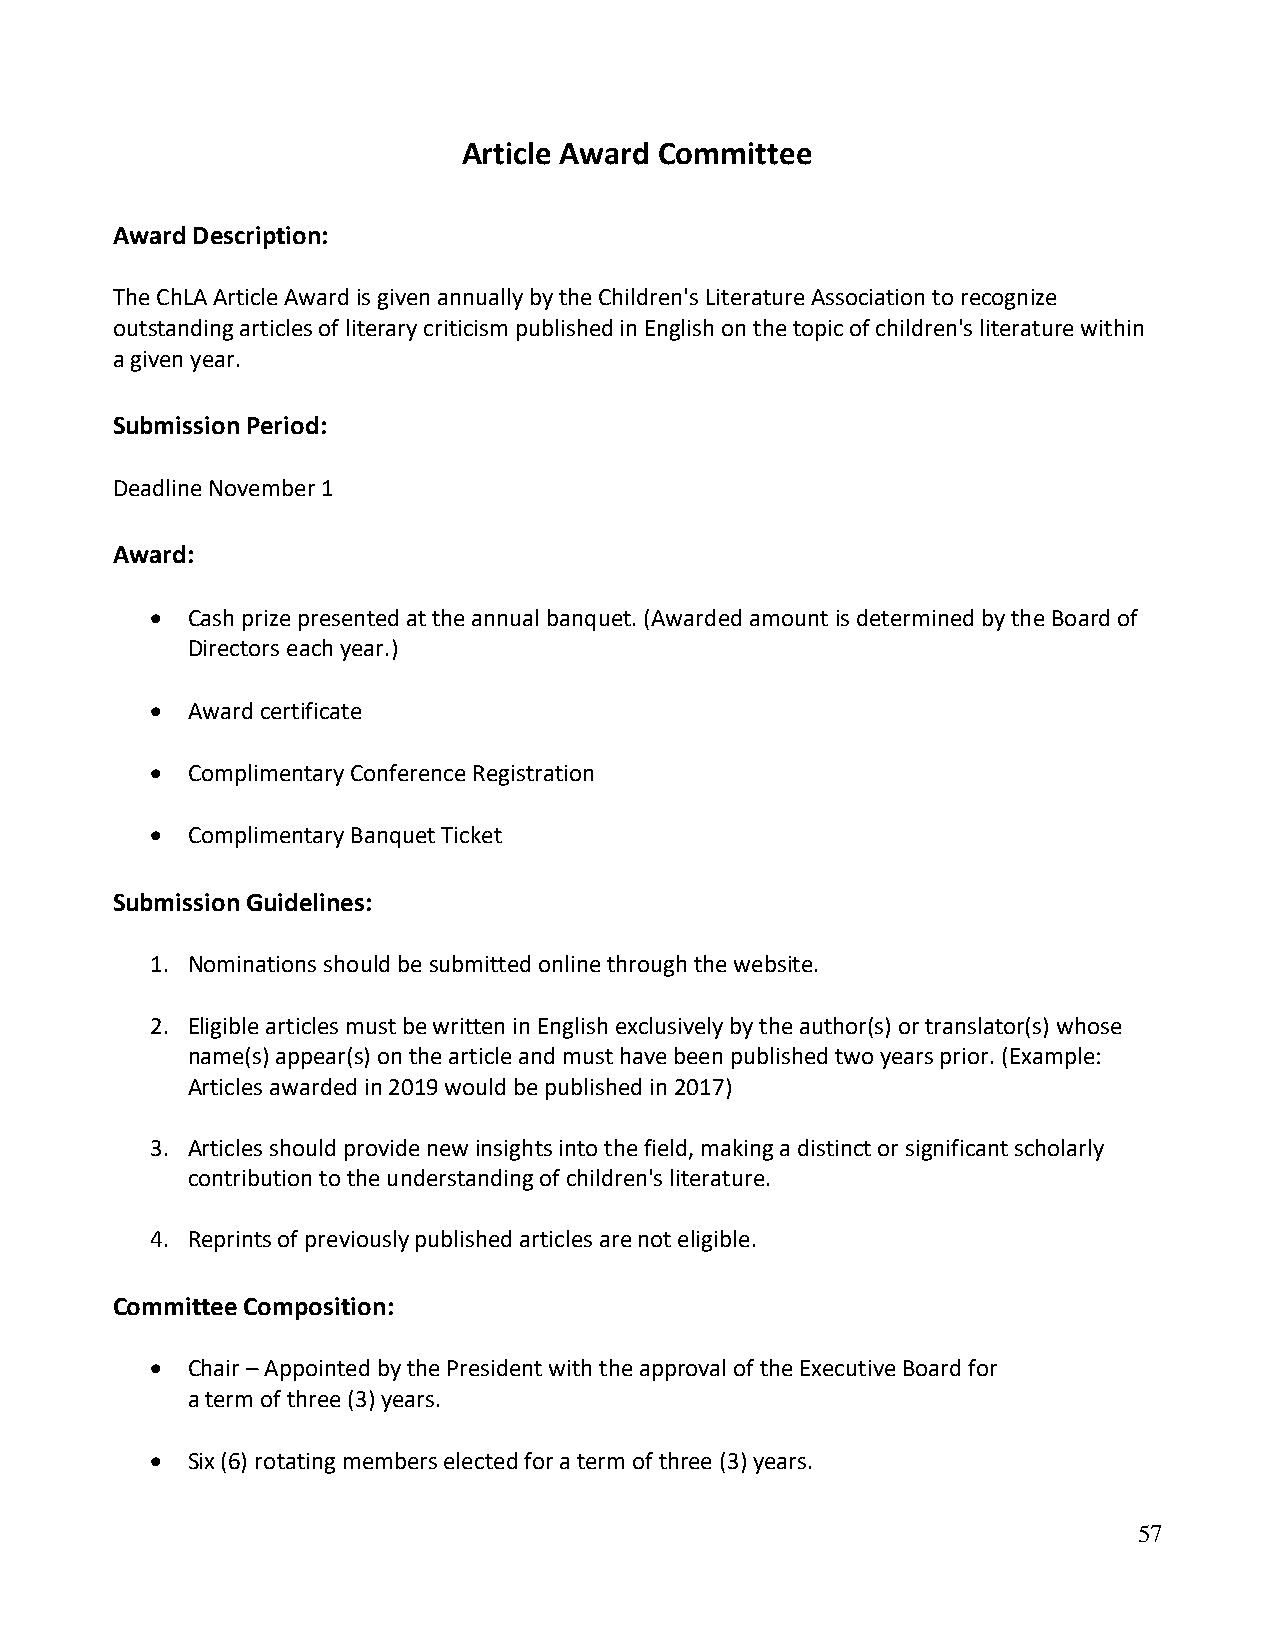
Article Award Committee
 Award Description:
 The ChLA Article Award is given annually by the Children's Literature Association to recognize
 outstanding articles of literary criticism published in English on the topic of children's literature within
 a given year.
 Submission Period:
 Deadline November 1
 Award:
 • Cash prize presented at the annual banquet. (Awarded amount is determined by the Board of
 Directors each year.)
 • Award certificate
 • Complimentary Conference Registration
 • Complimentary Banquet Ticket
 Submission Guidelines:
 1. Nominations should be submitted online through the website.
 2. Eligible articles must be written in English exclusively by the author(s) or translator(s) whose
 name(s) appear(s) on the article and must have been published two years prior. (Example:
 Articles awarded in 2019 would be published in 2017)
 3. Articles should provide new insights into the field, making a distinct or significant scholarly
 contribution to the understanding of children's literature.
 4. Reprints of previously published articles are not eligible.
 Committee Composition:
 • Chair – Appointed by the President with the approval of the Executive Board for
 a term of three (3) years.
 • Six (6) rotating members elected for a term of three (3) years.
 57